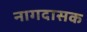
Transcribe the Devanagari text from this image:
नागदासक